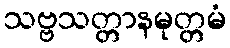
သဗ္ဗသတ္တာနမုတ္တမံ